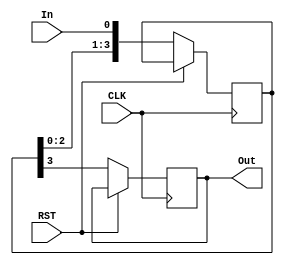
`timescale 1ns / 1ps

module ShiftRegister #(parameter DWL = 4)
                      (input CLK, RST,
                       input In,
                       output reg Out);

reg [DWL-1:0] temp;

    always @ (posedge CLK) begin
        if (!RST) begin
            temp <= {temp[DWL-2:0], In};
            Out <= temp[DWL-1];
        end
    end
    
endmodule